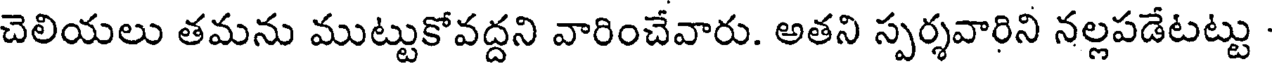
చెలియలు తమను ముట్టుకోవద్దని వారించేవారు. అతని స్పర్శవారిని నల్లపడేటట్టు